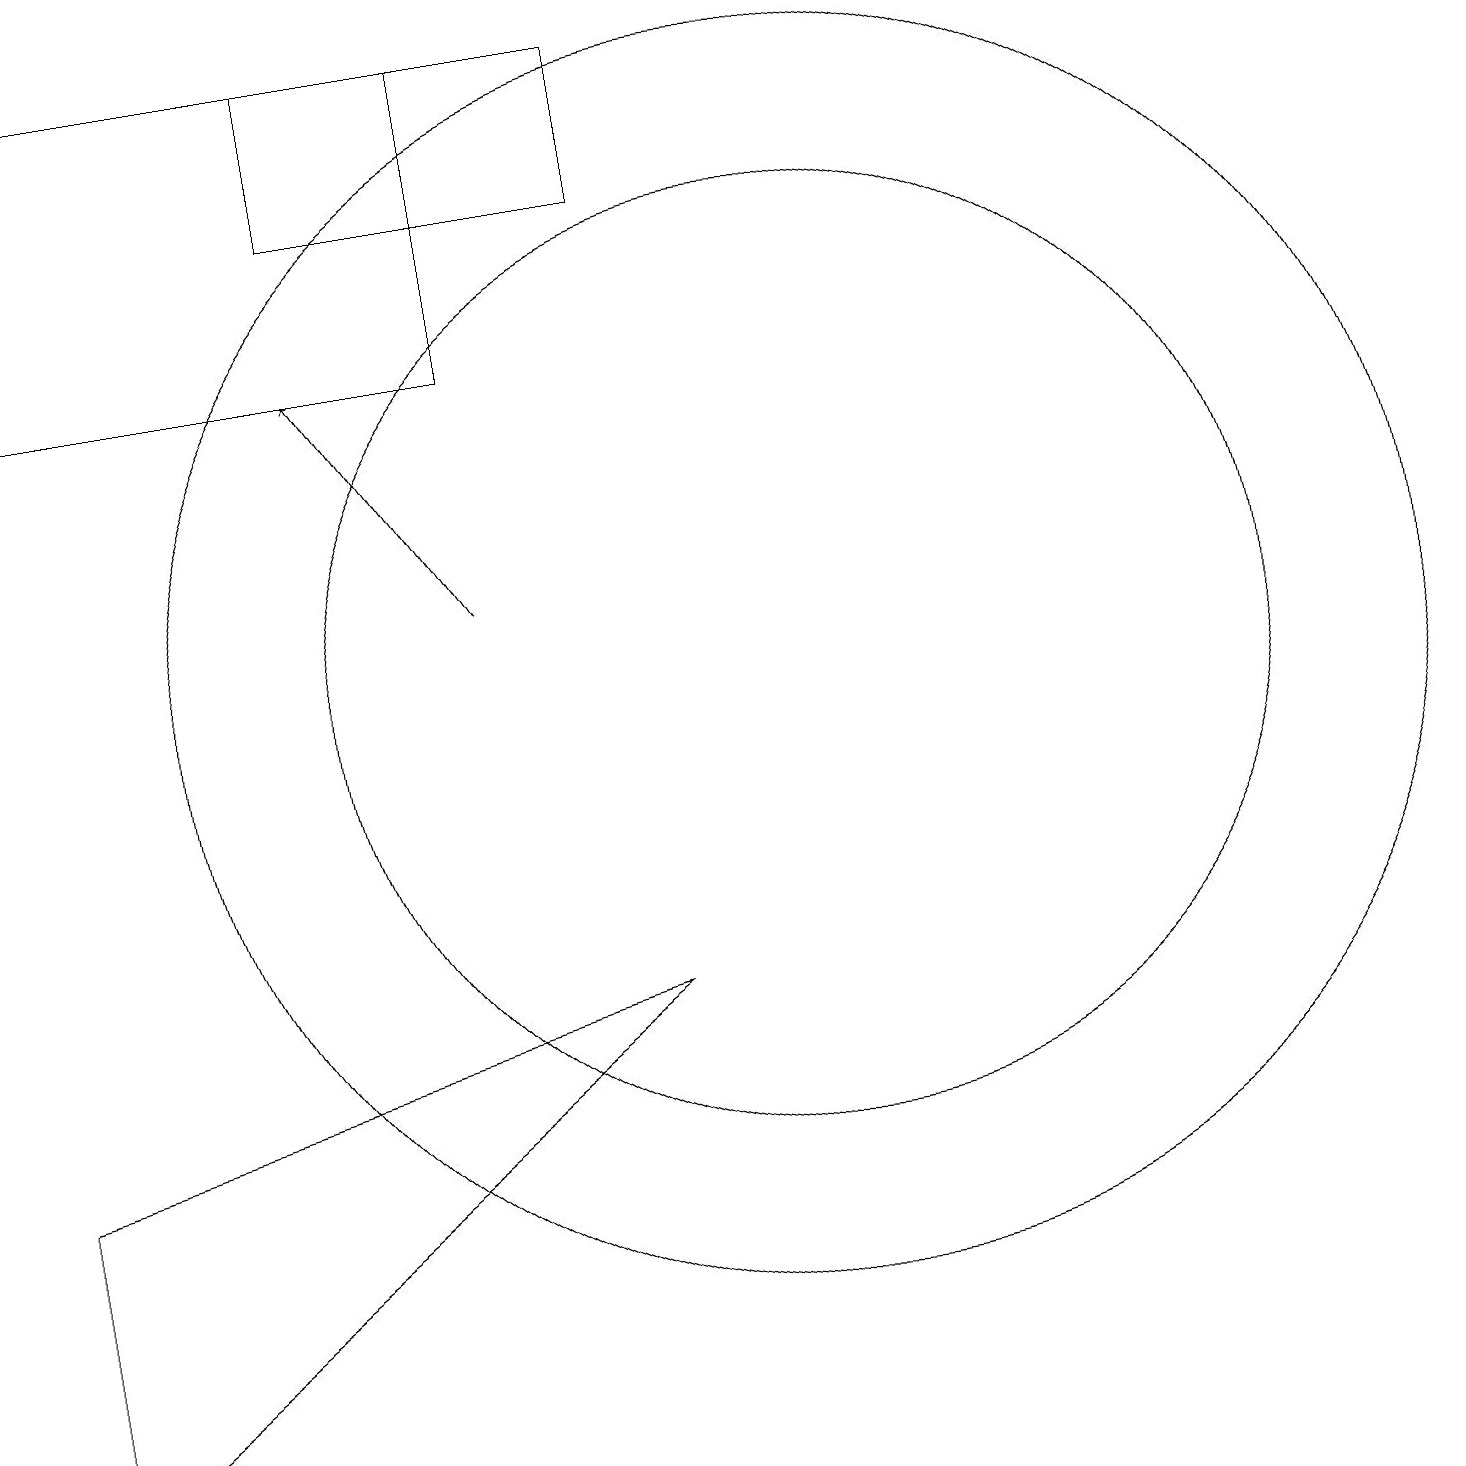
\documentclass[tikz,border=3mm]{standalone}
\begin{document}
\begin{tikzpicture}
\draw (0,5) -- (8,7) -- (0,1) -- cycle;
\draw (10,11) circle (8);
\draw[->] (6,12) -- (4,15);
\draw (4,19) rectangle (8,17);
\draw (10,11) circle (6);
\draw (0,15) rectangle (6,19);
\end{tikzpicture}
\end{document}